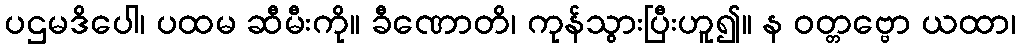
ပဌမဒိပေါ၊ ပထမ ဆီမီးကို။ ခီဏောတိ၊ ကုန်သွားပြီးဟူ၍။ န ဝတ္တဗ္ဗော ယထာ၊